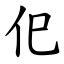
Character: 㐶